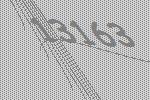
13163